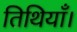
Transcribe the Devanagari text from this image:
तिथियाँ।